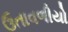
ઉતાવળીયો